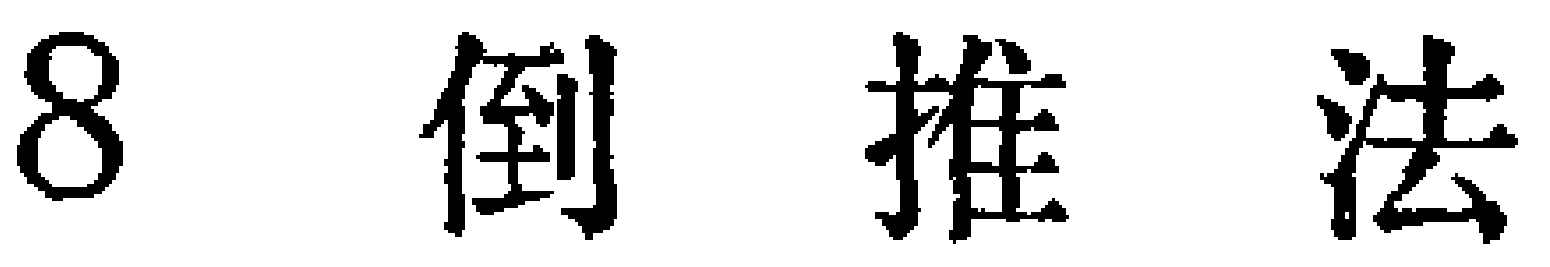
8 倒推法